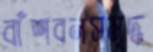
বাঁশবনসমৃদ্ধ